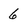
Character: 6